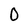
Character: O